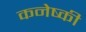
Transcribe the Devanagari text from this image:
कनेष्की